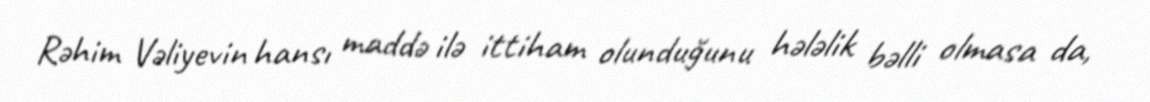
Rəhim Vəliyevin hansı maddə ilə ittiham olunduğunu hələlik bəlli olmasa da,